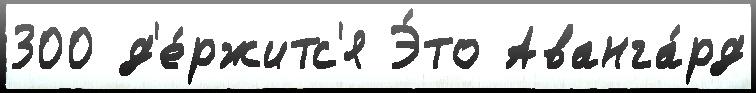
300 д'е́ржитс'я Э́то Аванга́рд